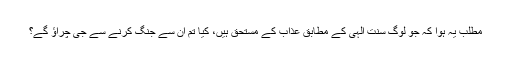
مطلب یہ ہوا کہ جو لوگ سنت الٰہی کے مطابق عذاب کے مستحق ہیں، کیا تم ان سے جنگ کرنے سے جی چراؤ گے؟